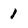
Character: 1